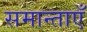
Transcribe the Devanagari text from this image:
समान्ताएँ